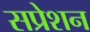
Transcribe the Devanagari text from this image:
सप्रेशन